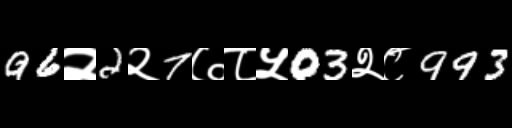
Text: 96२2२7७८५03२८993